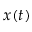
x ( t )